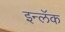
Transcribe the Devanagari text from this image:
इन्लॅक